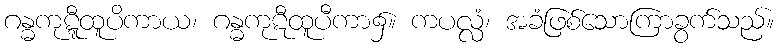
ဂန္ဓကုဋ္ဋီထူပိကာယ၊ ဂန္ဓကုဋီထူပီကာ၌။ ကပလ္လံ၊ အခံဖြစ်သောကြာခွက်သည်။